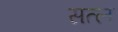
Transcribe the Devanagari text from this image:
सत्ल